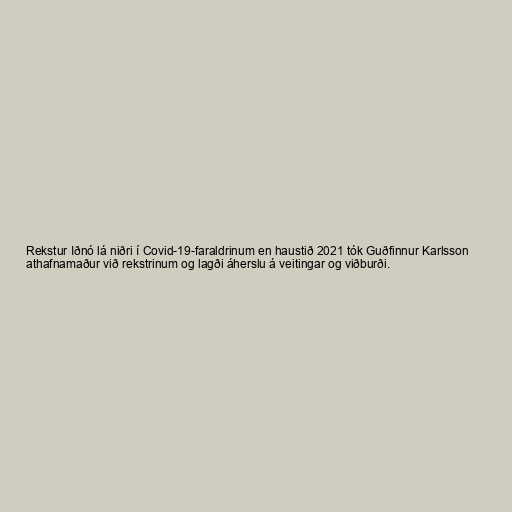
Rekstur Iðnó lá niðri í Covid-19-faraldrinum en haustið 2021 tók Guðfinnur Karlsson
athafnamaður við rekstrinum og lagði áherslu á veitingar og viðburði.